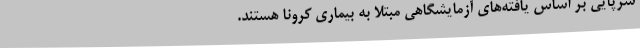
سرپایی بر اساس یافته‌های آزمایشگاهی مبتلا به بیماری کرونا هستند.